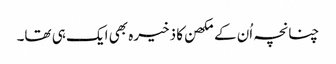
چنانچہ اُن کے مکھن کا ذخیرہ بھی ایک ہی تھا۔